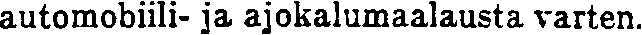
automobiili- ja ajokalumaalausta varten.